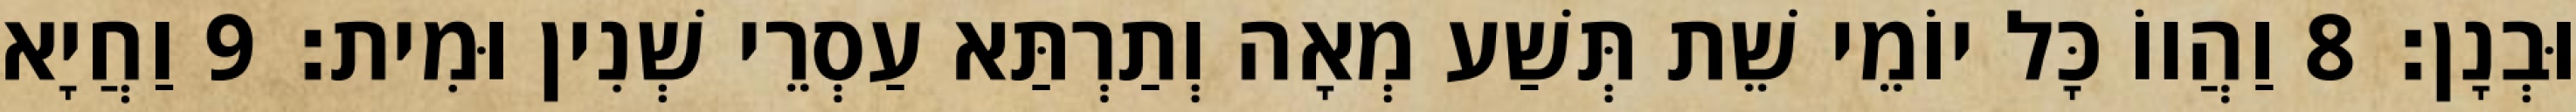
וּבְנָן׃ 8 וַהֲווֹ כָּל יוֹמֵי שֵׁת תְּשַׁע מְאָה וְתַרְתַּא עַסְרֵי שְׁנִין וּמִית׃ 9 וַחֲיָא